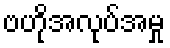
ဗဟိုအလုပ်အမှု